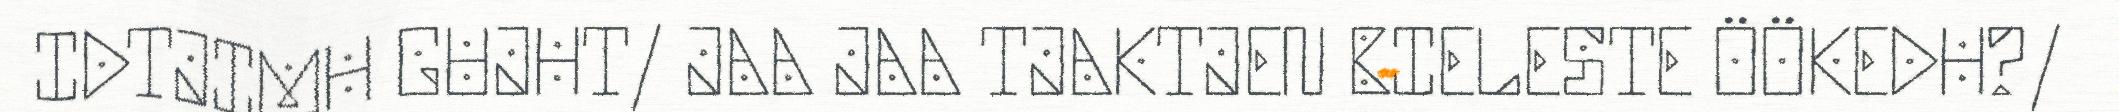
IDTJIMH GUJHT/ JAA JAA TJAKTJEN BIELESTE ÖÖKEDH?/